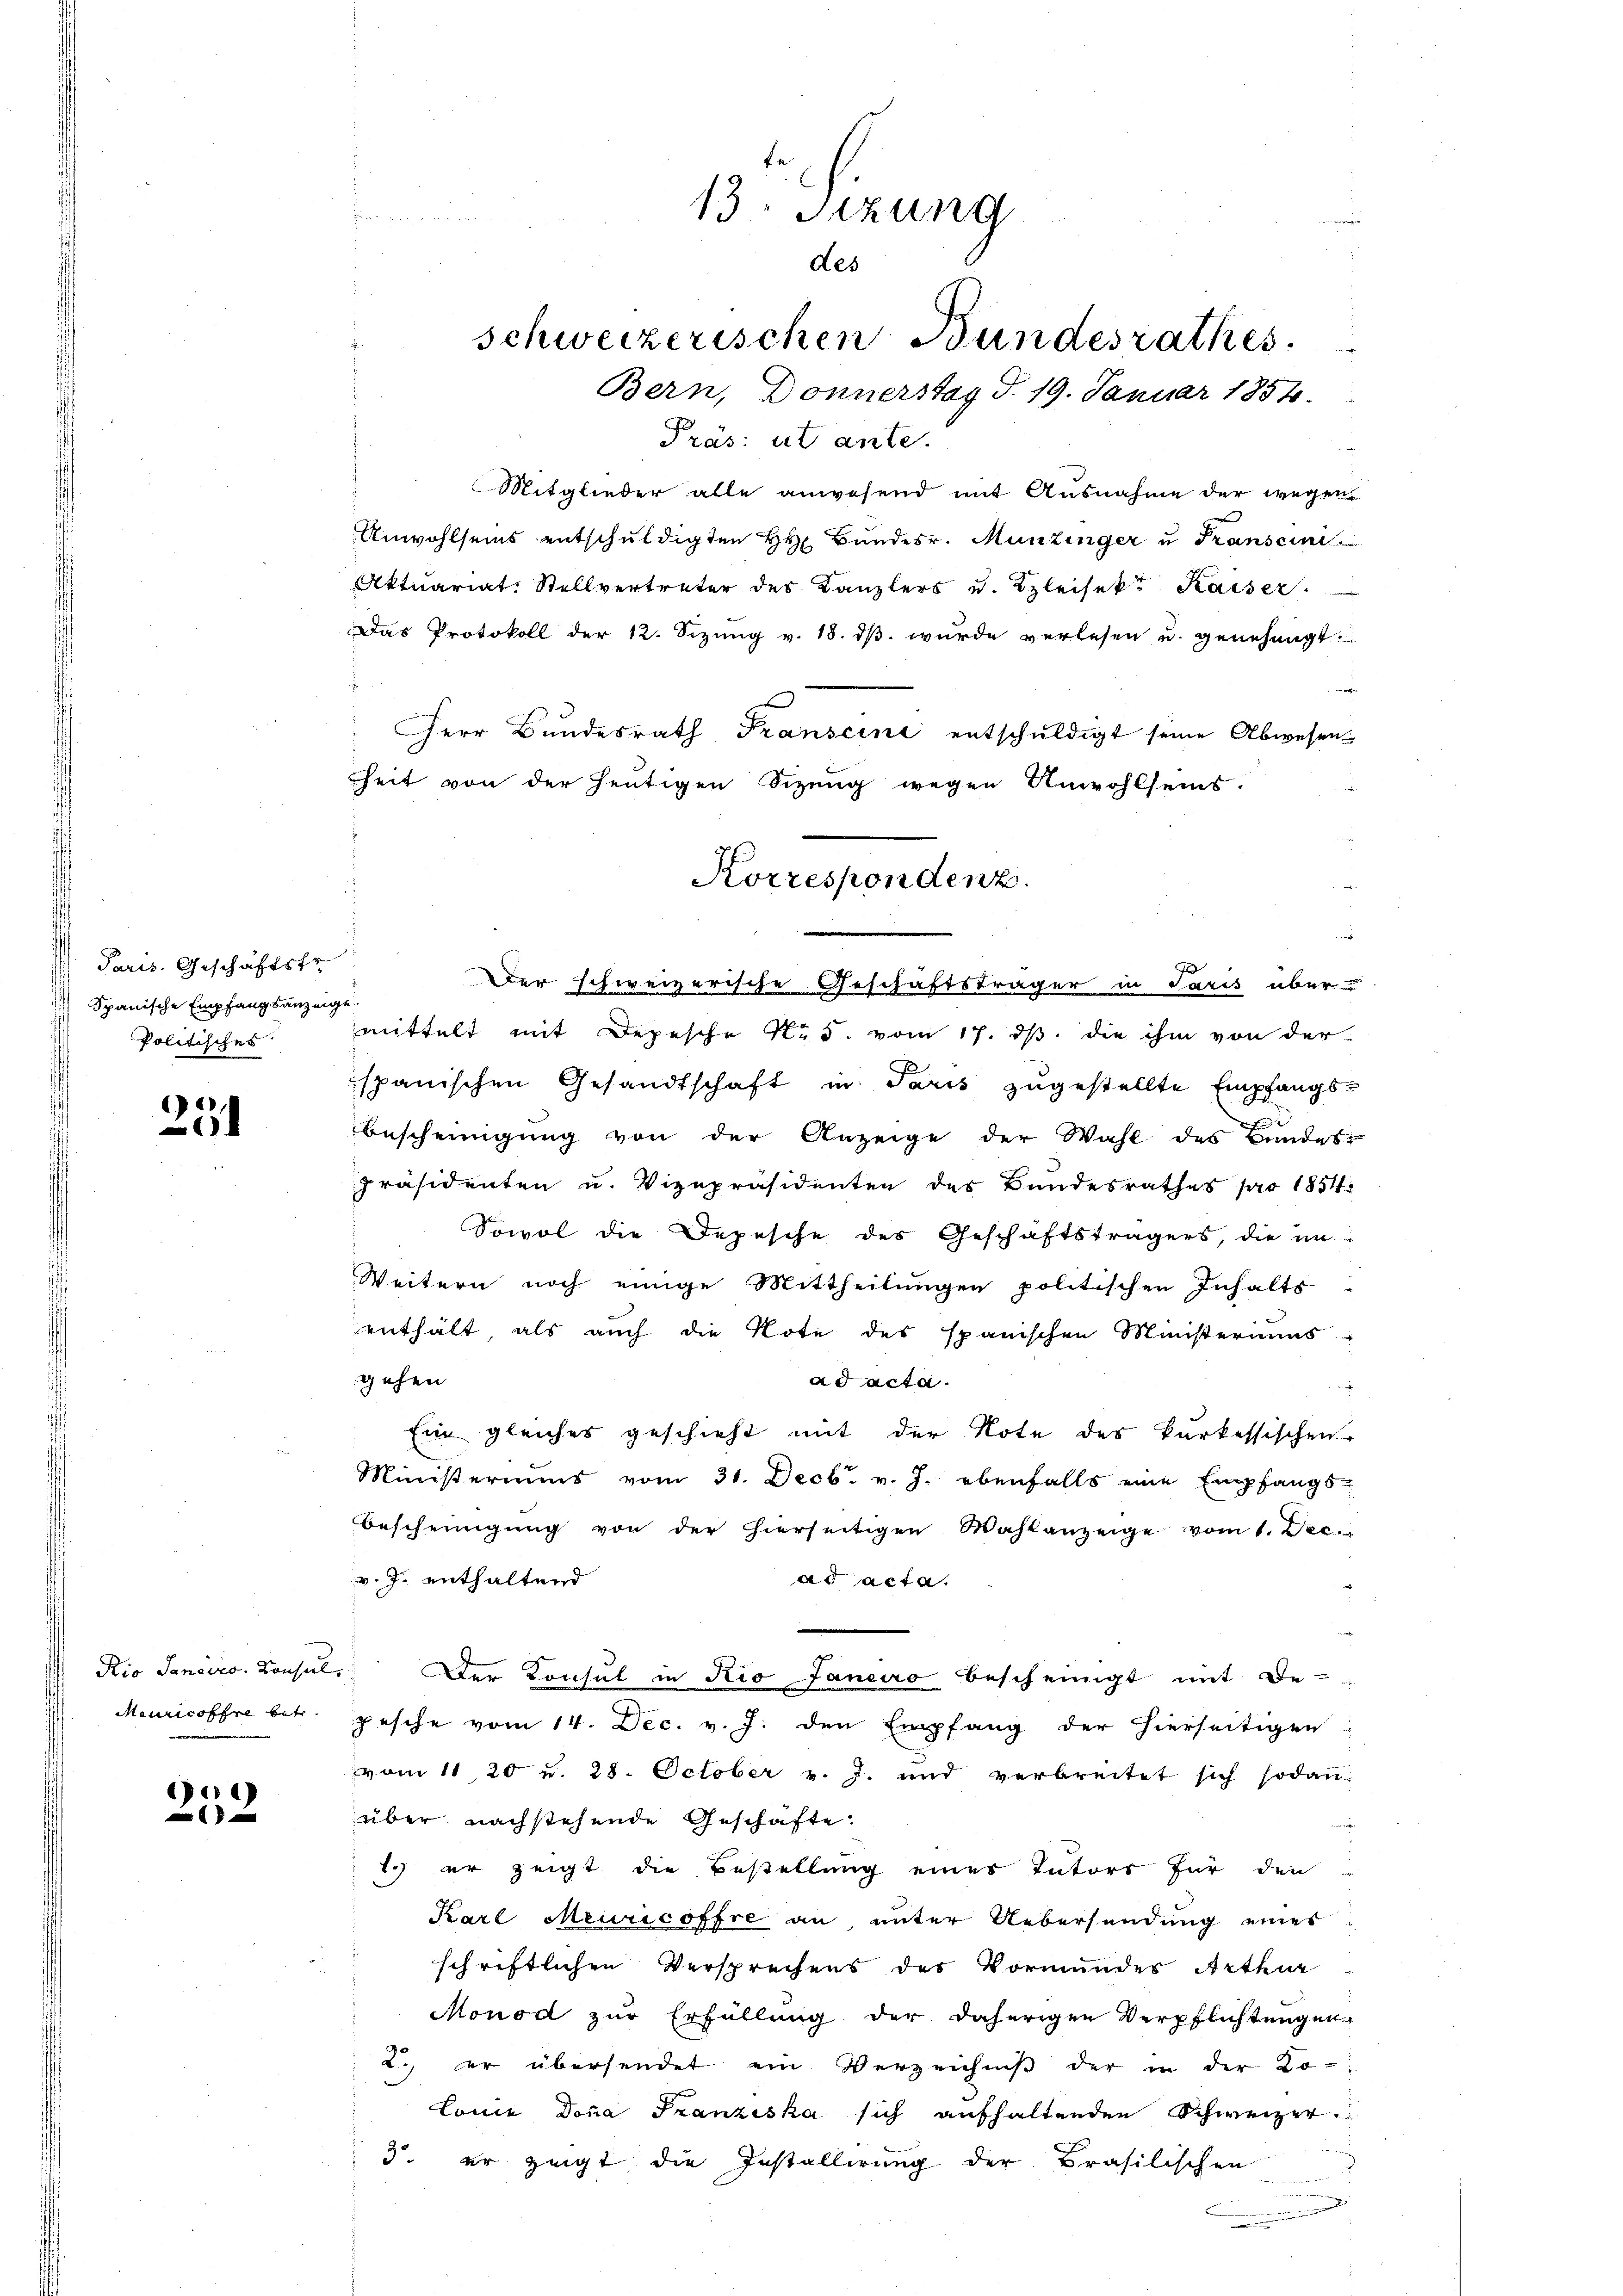
Paris. Geschäftsfr.
 Spanische Empfangsanzeigt.
Politisches

25

)

13. Setzung
des
schweizerischen Bundesrathes.
Bern, Donnerstag d. 19. Januar 1854.

Präs: ut ante
Mitglieder alle anwesend mit Ausnahme der wegen
Anwohlseins entschuldigten H Bundesr. Munzinger u Transcini
Aktuariat. Stellvertreter des Kanzlers u. Bleisekt Kaiser
Das Protokoll der 12. Sizŭng v. 18. dβ wurde verlesen u. genehmigt.
Herr Bundesrath Transeine entschuldigt seine Abwesen
heit von der heutigen Sizung wegen Anwohlseins.
Korrespondenz.

Der schweizerische Geschäftsträger in Paris über-

mittelt mit Depesche No 5. vom 17. ds. die ihm von der
spanischen Gesandtschaft in Paris zugestellte Empfangs-
Bescheinigung von der Anzeige der Wahl des Bundes
präsidenten u. Vizepräsidenten des Bundesrathes pro 1851.
Sowol die Depesche des Geschäftsträgers, die in-
Weitern noch einige Mittheilungen politischen Inhalts
enthält, als auch die Note des spanischen Ministeriums
gehen
ad acta.
.
Ein gleiches geschieht mit der Note des karkassischen
Ministeriums vom 31. Decbr. v. J. ebenfalls eine Empfangs-
Bescheinigung von der hierseitigen Wahlanzeige vom 1. Dec.
v. J. enthaltend
ad acta.
Dio Sanciro. Konsuls. Der Konsul in Rio Janeiro bescheinigt mit Be¬
Meuricoffre betr. pesche vom 14. Dec. v. J. den Empfang der hierseitigen
vom 11. 20 u. 28. October v. J. und verbreitet sich sodann
über nachstehende Geschäfte
1.) er zeigt die Bestellung eines Inters für den
Karl Meuricoffre an unter Uebersendung eines
schriftlichen Versprechens des Vormundes Arthur
Monod zur Erfüllung der daherigen Verpflichtungen
2., er übersendet ein Verzeichniβ der in der Ko-
Lonie Dona Franziska sich aufhaltenden Schweizer
3. er zeigt die Installierung der Brasilischen